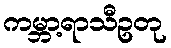
ကမ္ဘာ့ရာသီဥတု